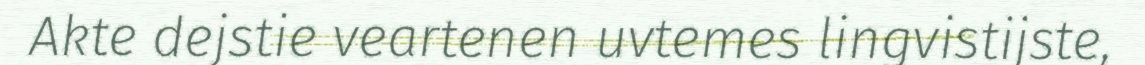
Akte dejstie veartenen uvtemes lingvistijste,